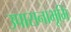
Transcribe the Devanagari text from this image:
उपासनाभूमि